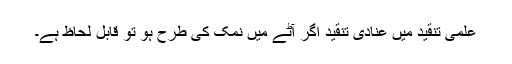
علمی تنقید میں عنادی تنقید اگر آٹے میں نمک کی طرح ہو تو قابل لحاظ ہے۔